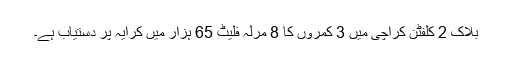
بلاک 2 کلفٹن کراچی میں 3 کمروں کا 8 مرلہ فلیٹ 65 ہزار میں کرایہ پر دستیاب ہے۔